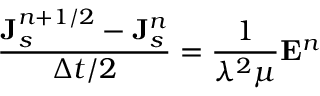
\frac { { \bf J } _ { s } ^ { n + 1 / 2 } - { \bf J } _ { s } ^ { n } } { \Delta t / 2 } = \frac { 1 } { \lambda ^ { 2 } \mu } { \bf E } ^ { n }